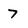
Character: 7